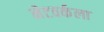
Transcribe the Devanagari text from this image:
नेटवर्कला